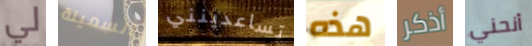
لي السمينة تساعدينني هذه أذكر أنحني